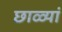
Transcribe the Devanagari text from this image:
छाळ्यां